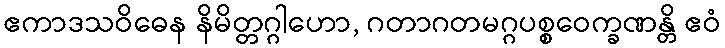
ဧကာဒသဝိဓေန နိမိတ္တဂ္ဂါဟော, ဂတာဂတမဂ္ဂပစ္စဝေက္ခဏန္တိ ဧဝံ